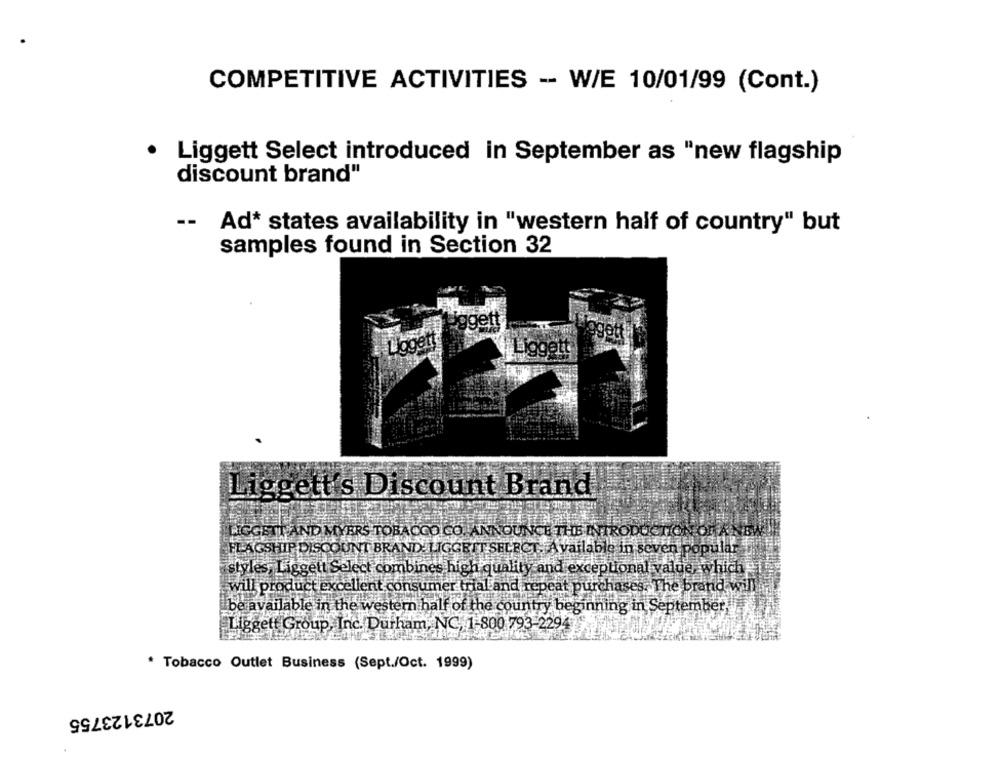
COMPETITIVE ACTIVITIES -- W/E 10/01/99 (Cont.)
Liggett Select introduced in September as "new flagship
discount brand"
--
Ad* states availability in "western half of country" but
samples found in Section 32
Pggett
Liggett
Liggett's Discount Brand
RIGGETT AND MYERS TOBACCO CO ANNOUNCE THE INTRODUCTION
FLAGSHIP DISCOUNT BRAND LIGGEIT SELECT. Available in seven popular
styles, Liggett Select combines high quality and exceptional value, which
will product excellent consumer trial and repeat purchases, The brand will
be available in the western half of the country beginning in September,
Liggett Group, Inc. Durham, NC. 1-800 793-2294
* Tobacco Outlet Business (Sept./Oct. 1999)
2073123755